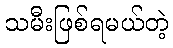
သမီးဖြစ်ရမယ်တဲ့